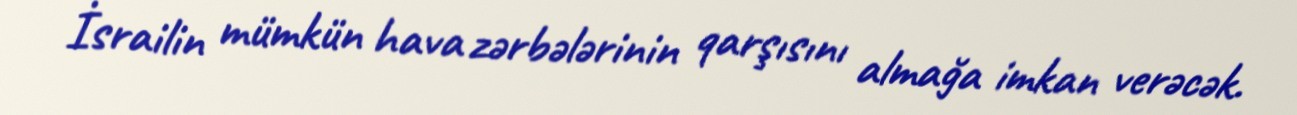
İsrailin mümkün hava zərbələrinin qarşısını almağa imkan verəcək.